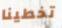
تخطينا